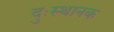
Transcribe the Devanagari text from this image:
दुःस्थानक